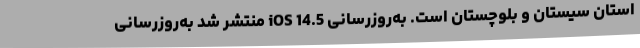
استان سیستان و بلوچستان است. به‌روزرسانی iOS 14.5 منتشر شد به‌روزرسانی